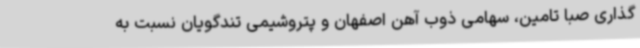
گذاری صبا تامین، سهامی ذوب آهن اصفهان و پتروشیمی تندگویان نسبت به